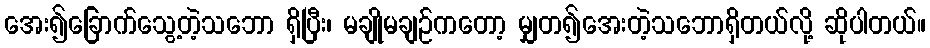
အေး၍ခြောက်သွေ့တဲ့သဘော ရှိပြီး၊ မချိုမချဉ်ကတော့ မျှတ၍အေးတဲ့သဘောရှိတယ်လို့ ဆိုပါတယ်။